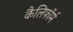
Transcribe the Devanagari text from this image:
कैलिफॉर्म